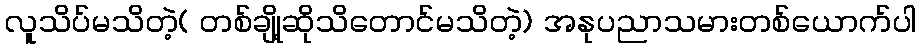
လူသိပ်မသိတဲ့( တစ်ချို့ဆိုသိတောင်မသိတဲ့) အနုပညာသမားတစ်ယောက်ပါ